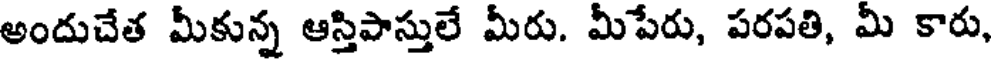
అందుచేత మీకున్న ఆస్తిపాస్తులే మీరు. మీపేరు, పరపతి, మీ కారు,